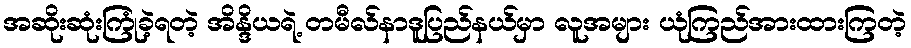
အဆိုးဆုံးကြုံခဲ့ရတဲ့ အိန္ဒိယရဲ့ တမီလ်နာဒူပြည်နယ်မှာ လူအများ ယုံကြည်အားထားကြတဲ့